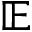
\mathbb { E }